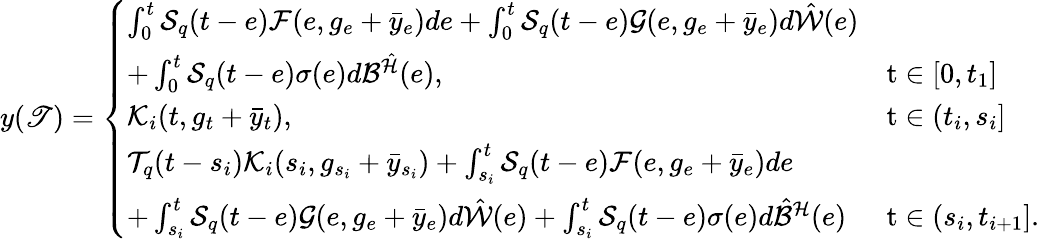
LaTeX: y(\mathscr{T})=\left\{ \begin{array}{ll}{\int_{0}^{t}{\cal S}_{q}(t-e){\cal F}(e,g_{e}+\bar{y}_{e})de+\int_{0}^{t}{\cal S}_{q}(t-e){\cal G}(e,g_{e}+\bar{y}_{e})d\hat{\cal W}(e)}\\ {+\int_{0}^{t}{\cal S}_{q}(t-e)\sigma(e)d{\cal B}^{\hat{\cal H}}(e),}&{\mathrm t\in[0,t_{1}]}\\ {{\cal K}_{i}(t,g_{t}+\bar{y}_{t}),}&{\mathrm t\in(t_{i},s_{i}]}\\ {{\cal T}_{q}(t-s_{i}){\cal K}_{i}(s_{i},g_{s_{i}}+\bar{y}_{s_{i}})+\int_{s_{i}}^{t}{\cal S}_{q}(t-e){\cal F}(e,g_{e}+\bar{y}_{e})de}\\ {+\int_{s_{i}}^{t}{\cal S}_{q}(t-e){\cal G}(e,g_{e}+\bar{y}_{e})d\hat{\cal W}(e)+\int_{s_{i}}^{t}{\cal S}_{q}(t-e)\sigma(e)d\hat{\cal B}^{\cal H}(e)}&{\mathrm t\in(s_{i},t_{i+1}].}\end{array}\right.